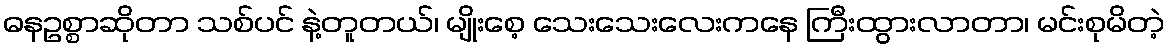
ဓနဥစ္စာဆိုတာ သစ်ပင် နဲ့တူတယ်၊ မျိုးစေ့ သေးသေးလေးကနေ ကြီးထွားလာတာ၊ မင်းစုမိတဲ့